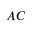
A C